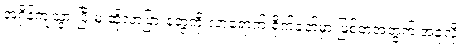
အရှိန်ကျသွားပြီးမှ ဆိုလာပြားတွေကို လာရောက် ရိုက်ခတ်မှာ ဖြစ်တဲ့အတွက် အခုလို